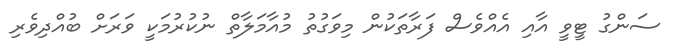
ސަންގު ޓީވީ އާއި އެއްވެސް ފަރާތަކުން މިވަގުތު މުއާމަލާތް ނުކުރުމަކީ ވަރަށް ބުއްދިވެރި